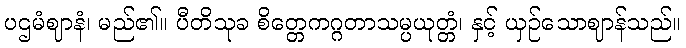
ပဌမံဈာနံ၊ မည်၏။ ပီတိသုခ စိတ္တေကဂ္ဂတာသမ္ပယုတ္တံ၊ နှင့် ယှဉ်သောဈာန်သည်။